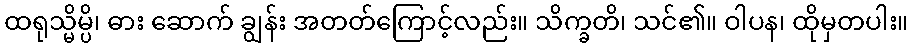
ထရုသ္မိမ္ပိ၊ ဓား ဆောက် ချွန်း အတတ်ကြောင့်လည်း။ သိက္ခတိ၊ သင်၏။ ဝါပန၊ ထိုမှတပါး။